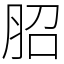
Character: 𦚔